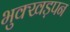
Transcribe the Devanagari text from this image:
भुक्खड़पन